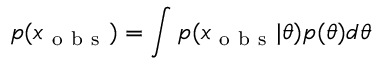
p ( x _ { \mathrm { ~ o ~ b ~ s ~ } } ) = \int p ( x _ { \mathrm { ~ o ~ b ~ s ~ } } | \theta ) p ( \theta ) d \theta